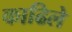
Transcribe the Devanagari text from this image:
काढिले